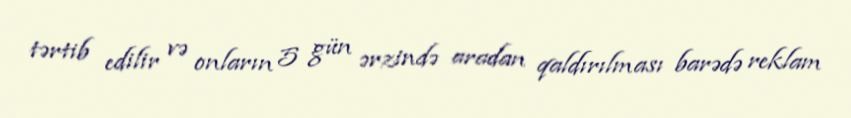
tərtib edilir və onların 5 gün ərzində aradan qaldırılması barədə reklam